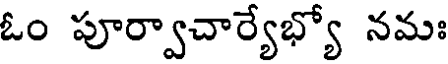
ఓం పూర్వాచార్యేభ్యో నమః